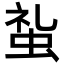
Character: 𧊢